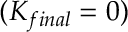
( K _ { f i n a l } = 0 )